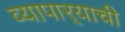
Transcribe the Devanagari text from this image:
व्यापार्‍याची